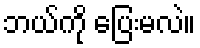
ဘယ်ကို ပြေးမလဲ။